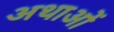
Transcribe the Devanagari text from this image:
अथाओं